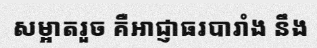
សម្អាតរួច គឺអាជ្ញាធរបារាំង នឹង